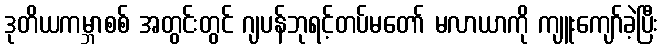
ဒုတိယကမ္ဘာစစ် အတွင်းတွင် ဂျပန်ဘုရင့်တပ်မတော် မလာယာကို ကျူးကျော်ခဲ့ပြီး